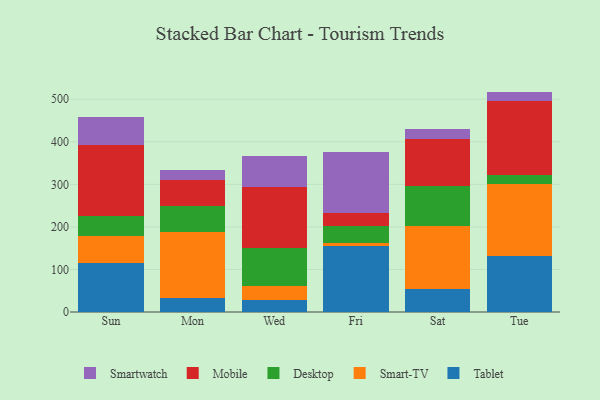
{"axis": {"x": "Day", "y": "Operating Costs (USD K)"}, "legend": ["Desktop", "Mobile", "Smart-TV", "Smartwatch", "Tablet"], "data": [{"x": "Sun", "y": 114.0, "type": "Tablet"}, {"x": "Sun", "y": 64.7, "type": "Smart-TV"}, {"x": "Sun", "y": 47.9, "type": "Desktop"}, {"x": "Sun", "y": 165.7, "type": "Mobile"}, {"x": "Sun", "y": 66.5, "type": "Smartwatch"}, {"x": "Mon", "y": 32.9, "type": "Tablet"}, {"x": "Mon", "y": 156.2, "type": "Smart-TV"}, {"x": "Mon", "y": 60.3, "type": "Desktop"}, {"x": "Mon", "y": 61.8, "type": "Mobile"}, {"x": "Mon", "y": 23.6, "type": "Smartwatch"}, {"x": "Wed", "y": 28.3, "type": "Tablet"}, {"x": "Wed", "y": 31.8, "type": "Smart-TV"}, {"x": "Wed", "y": 89.4, "type": "Desktop"}, {"x": "Wed", "y": 145.3, "type": "Mobile"}, {"x": "Wed", "y": 71.6, "type": "Smartwatch"}, {"x": "Fri", "y": 154.7, "type": "Tablet"}, {"x": "Fri", "y": 8.6, "type": "Smart-TV"}, {"x": "Fri", "y": 38.6, "type": "Desktop"}, {"x": "Fri", "y": 29.7, "type": "Mobile"}, {"x": "Fri", "y": 144.3, "type": "Smartwatch"}, {"x": "Sat", "y": 54.6, "type": "Tablet"}, {"x": "Sat", "y": 146.7, "type": "Smart-TV"}, {"x": "Sat", "y": 95.9, "type": "Desktop"}, {"x": "Sat", "y": 109.5, "type": "Mobile"}, {"x": "Sat", "y": 24.0, "type": "Smartwatch"}, {"x": "Tue", "y": 131.7, "type": "Tablet"}, {"x": "Tue", "y": 168.1, "type": "Smart-TV"}, {"x": "Tue", "y": 22.3, "type": "Desktop"}, {"x": "Tue", "y": 174.1, "type": "Mobile"}, {"x": "Tue", "y": 21.8, "type": "Smartwatch"}]}